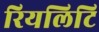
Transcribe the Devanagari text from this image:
रियलिटि